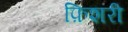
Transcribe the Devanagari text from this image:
फ़िशरी